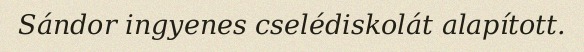
Sándor ingyenes cselédiskolát alapított.